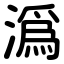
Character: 潙